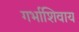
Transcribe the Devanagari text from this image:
गर्भाशिवाय